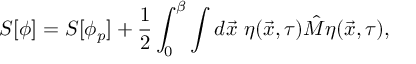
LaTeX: S [ \phi ] = S [ \phi _ { p } ] + \frac { 1 } { 2 } \int _ { 0 } ^ { \beta } \int d \vec { x } \, \, \eta ( \vec { x } , \tau ) \hat { M } \eta ( \vec { x } , \tau ) ,